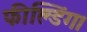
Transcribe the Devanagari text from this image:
फील्डिंग।